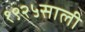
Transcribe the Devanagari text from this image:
१९२५साली